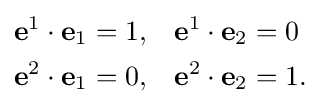
{\begin{aligned}\mathbf {e} ^{1}\cdot \mathbf {e} _{1}=1,&\quad \mathbf {e} ^{1}\cdot \mathbf {e} _{2}=0\\\mathbf {e} ^{2}\cdot \mathbf {e} _{1}=0,&\quad \mathbf {e} ^{2}\cdot \mathbf {e} _{2}=1.\end{aligned}}